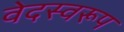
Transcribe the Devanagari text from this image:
वेदस्वरूप